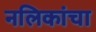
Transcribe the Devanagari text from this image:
नलिकांचा